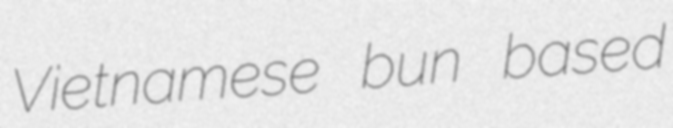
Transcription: Vietnamese bun based